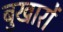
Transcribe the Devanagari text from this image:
बुखारों